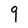
Character: 9